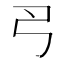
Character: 𢎛